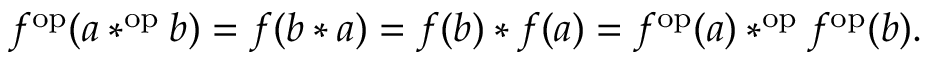
f ^ { \mathrm { o p } } ( a * ^ { \mathrm { o p } } b ) = f ( b * a ) = f ( b ) * f ( a ) = f ^ { \mathrm { o p } } ( a ) * ^ { \mathrm { o p } } f ^ { \mathrm { o p } } ( b ) .